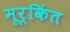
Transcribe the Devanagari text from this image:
मूर्किंत